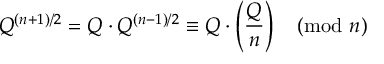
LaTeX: Q ^ { ( n + 1 ) / 2 } = Q \cdot Q ^ { ( n - 1 ) / 2 } \equiv Q \cdot \left( { \frac { Q } { n } } \right) { \pmod { n } }